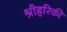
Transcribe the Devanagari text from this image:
श्रीहरिकी